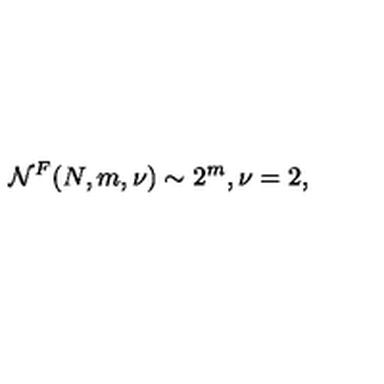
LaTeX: { \cal N } ^ { F } ( N , m , \nu ) \sim 2 ^ { m } , \nu = 2 ,